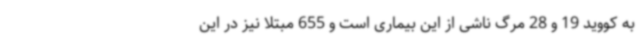
به کووید 19 و 28 مرگ ناشی از این بیماری است و 655 مبتلا نیز در این